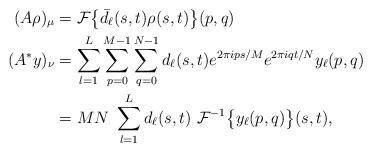
LaTeX: \begin{align*}(A\rho)_\mu &= \mathcal{F}\big\{\bar{d}_\ell(s, t) \rho(s, t) \big\}(p, q) \\(A^* y)_\nu &= \sum_{l=1}^L\sum_{p=0}^{M-1}\sum_{q=0}^{N-1} d_\ell(s, t) e^{2\pi i ps/M} e^{2\pi i qt/N} y_\ell(p, q) \\&= MN~\sum_{l=1}^L d_\ell(s, t)~\mathcal{F}^{-1}\big\{y_\ell(p, q) \big\}(s, t),\end{align*}